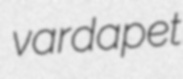
vardapet